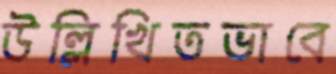
উল্লিখিতভাবে